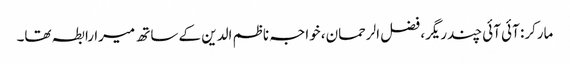
مارکر: آئی آئی چندریگر، فضل الرحمان، خواجہ ناظم الدین کے ساتھ میرا رابطہ تھا۔